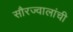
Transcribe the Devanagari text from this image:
सौरज्वालांची